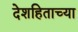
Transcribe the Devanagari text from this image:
देशहिताच्या